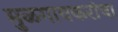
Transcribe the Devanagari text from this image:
मुळगावकरांचा